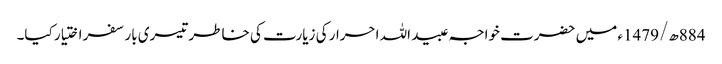
884ھ/1479ء میں حضرت خواجہ عبید اللہ احرار کی زیارت کی خاطر تیسری بار سفر اختیار کیا۔